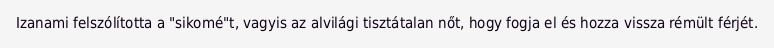
Izanami felszólította a "sikomé"t, vagyis az alvilági tisztátalan nőt, hogy fogja el és hozza vissza rémült férjét.